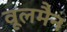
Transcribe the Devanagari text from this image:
वूलमैन